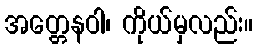
အတ္တေနဝါ၊ ကိုယ်မှလည်း။